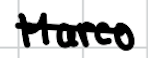
Text: Marco
Cross-out: single-line
Writing tool: digital_black